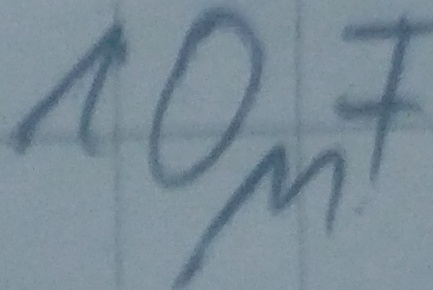
Text: 10µF